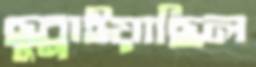
ছুব্‌লাইয়াছিল